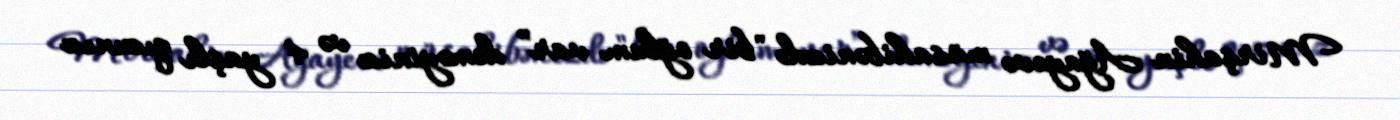
Mirşahin Ağayevə müsahibənizdə "bir oğlum var” deməyiniz və 4 yaşlı qızınız